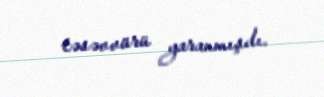
təsəvvürü yaranmışdı.